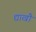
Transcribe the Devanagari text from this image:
द्याखौ